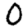
Digit: 0